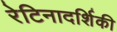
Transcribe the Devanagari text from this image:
रेटिनादर्शिकी